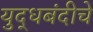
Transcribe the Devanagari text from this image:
युद्धबंदीचे